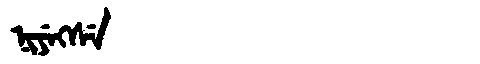
Manchu: ᠨᡳᠶᡝᡴᠰᡝ
Romanization: NIYEKSE